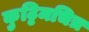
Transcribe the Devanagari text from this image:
कुट्टिमचित्र